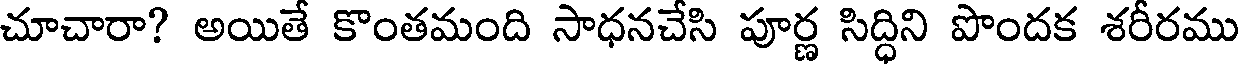
చూచారా? అయితే కొంతమంది సాధనచేసి పూర్ణ సిద్ధిని పొందక శరీరము